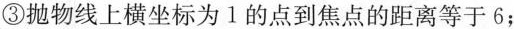
③抛物线上横坐标为1的点到焦点的距离等于6；